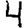
Digit: 4